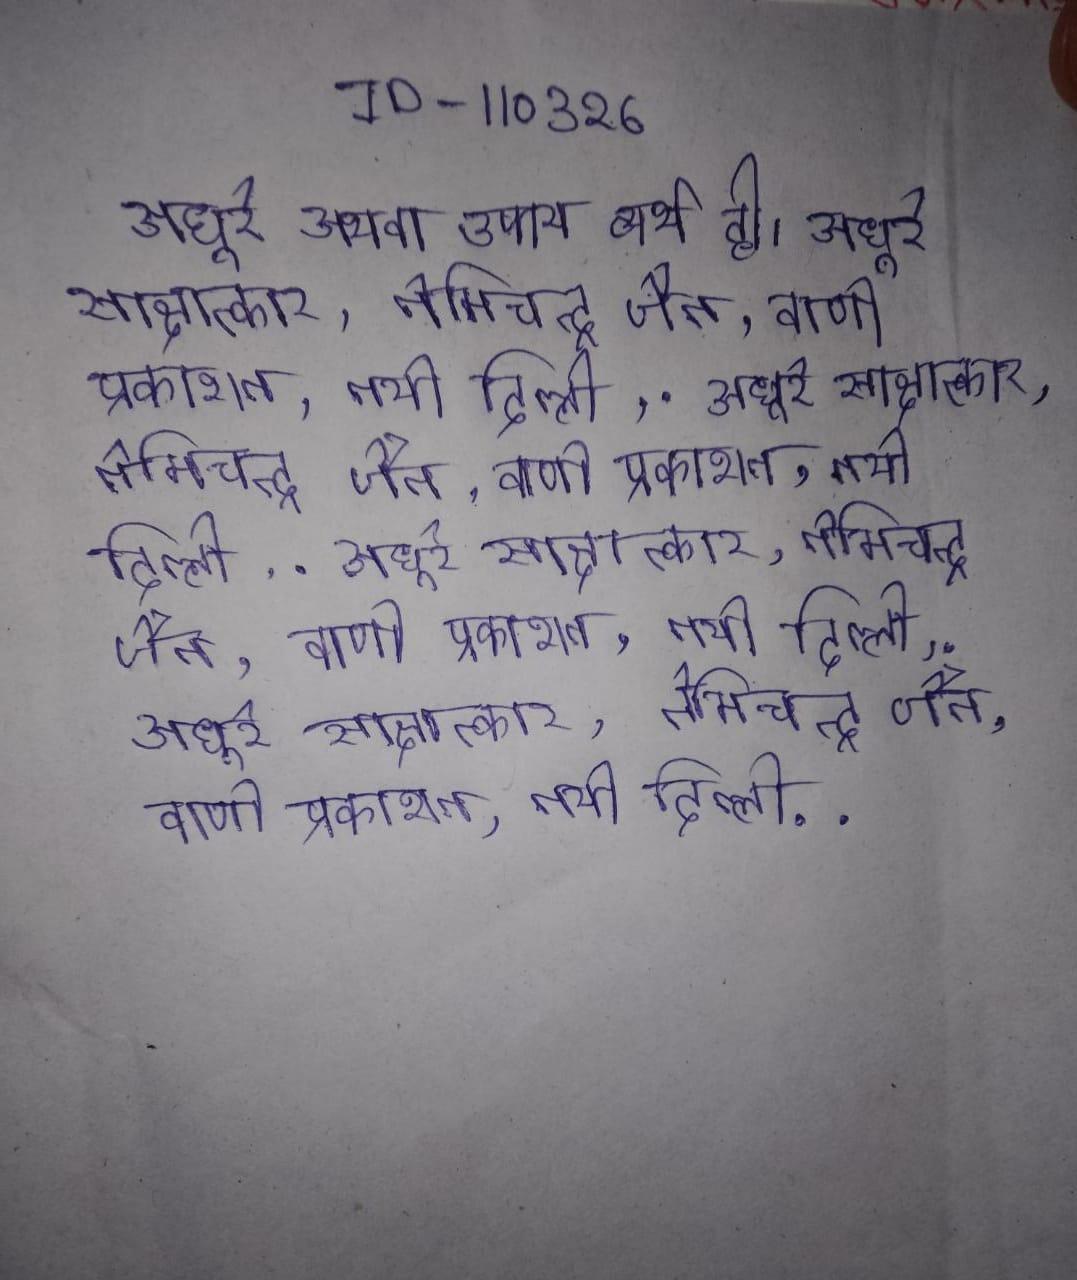
अधूरे अथवा उपाय व्यर्थ ही । अधूरे साक्षात्कार, नेमिचन्द्र जैन, वाणी प्रकाशन, नयी दिल्ली, . अधूरे साक्षात्कार, नेमिचन्द्र जैन, वाणी प्रकाशन, नयी दिल्ली, . अधूरे साक्षात्कार, नेमिचन्द्र जैन, वाणी प्रकाशन, नयी दिल्ली, . अधूरे साक्षात्कार, नेमिचन्द्र जैन, वाणी प्रकाशन, नयी दिल्ली, .